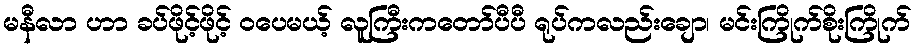
မနီလာ ဟာ ခပ်ဖိုင့်ဖိုင့် ဝပေမယ့် လူကြီးကတော်ပီပီ ရုပ်ကလည်းချော၊ မင်းကြိုက်စိုးကြိုက်